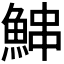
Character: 𬵓